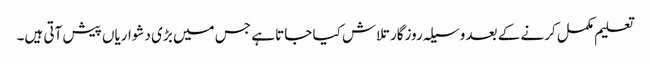
تعلیم مکمل کرنے کے بعد وسیلہ روزگار تلاش کیا جاتا ہے جس میں بڑی دشواریاں پیش آتی ہیں۔